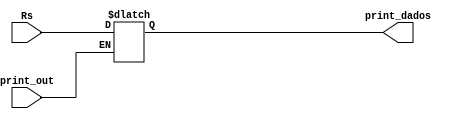
module Salva_Saida (input [31:0] Rs, input print_out, output [31:0] print_dados);

	reg [31:0] registrador_saida = 32'd0;


	always @(*)
	begin
		if (print_out == 1) begin
			registrador_saida = Rs;
		end
	end


	assign print_dados = registrador_saida;	


endmodule